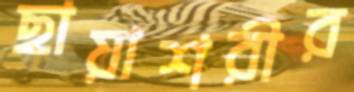
ছায়াশরীর